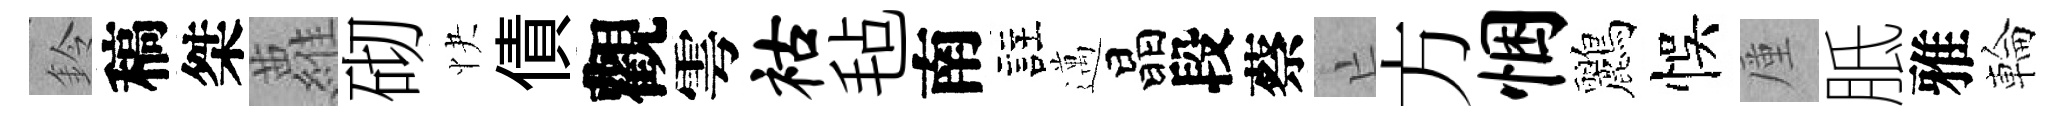
鈴稿桀蘿砌快債觀雩祜毡南註邁晶段蔡亡方悃鸝悞厪胝雅輪